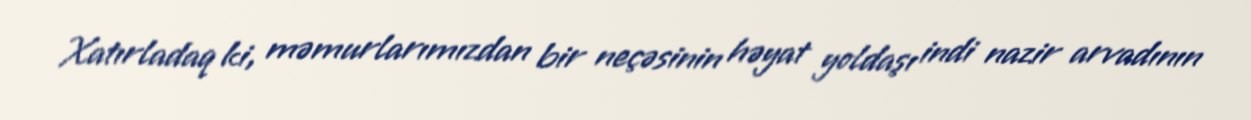
Xatırladaq ki, məmurlarımızdan bir neçəsinin həyat yoldaşı indi nazir arvadının